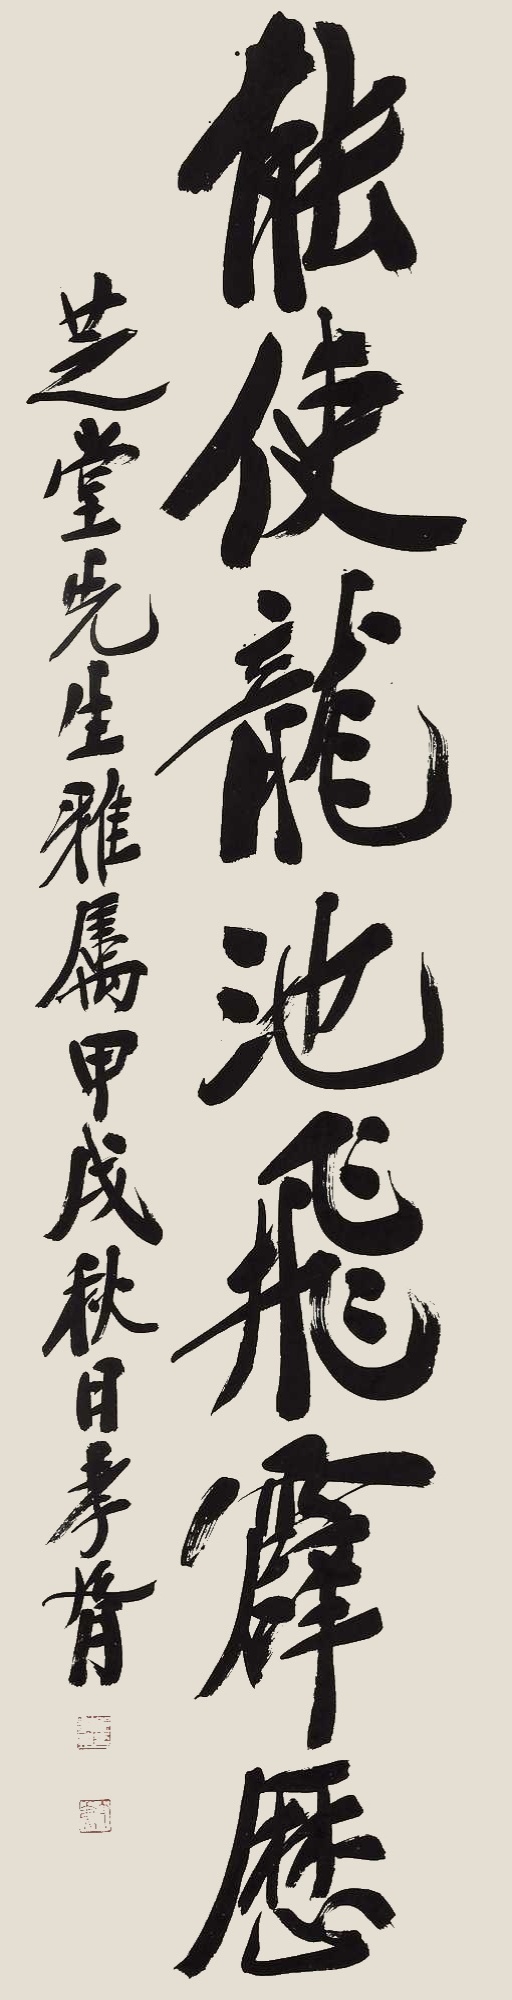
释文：能使龙池飞霹雳。芝堂先生雅属，甲戌秋日，孝胥。